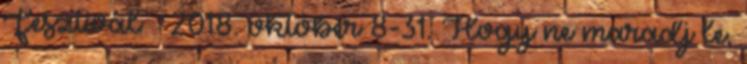
Fesztivál – 2018. október 8-31. Hogy ne maradj le,